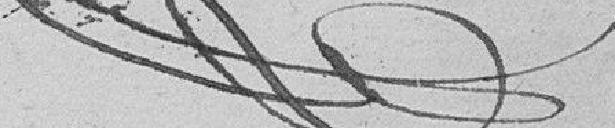
?? signature